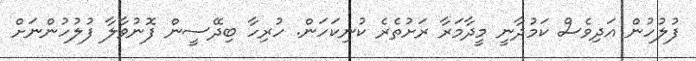
ފުލުހުން އަދިވެސް ކަމުދާނީ މީދާމަރާ ރަށުތެރެ ކުނިކަހަން. ހުރިހާ ބިދޭސީން ފޮނުވާލާ ފުލުހުންނަށް